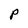
Character: P